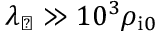
\lambda _ { \perp } \gg 1 0 ^ { 3 } \rho _ { \mathrm { i } 0 }